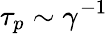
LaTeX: \tau_{p}\sim\gamma^{-1}